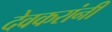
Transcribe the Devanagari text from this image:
देवकरांनी